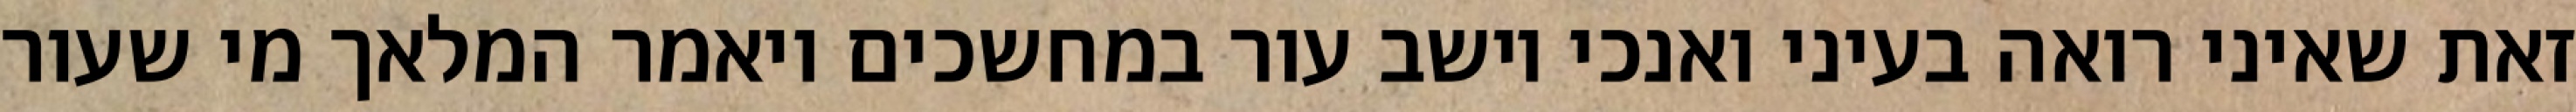
זאת שאיני רואה בעיני ואנכי יושב עור במחשכים ויאמר המלאך מי שעור